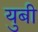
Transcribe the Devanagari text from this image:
युबी